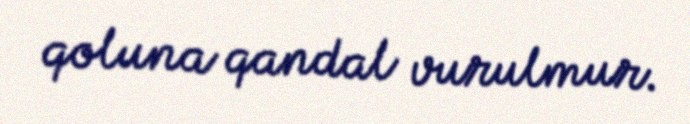
qoluna qandal vurulmur.